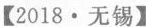
【2018·无锡】